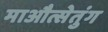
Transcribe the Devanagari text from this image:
माऔत्सेतुंग